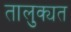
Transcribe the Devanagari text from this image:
तालुक्यत